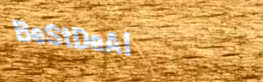
BeStDeAl